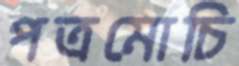
পত্রমোচি